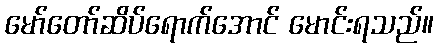
မော်တော်ဆိပ်ရောက်အောင် မောင်းရသည်။